Senior Leaving Certificate Examination (including Day School Certificate (Higher) General paper), 1948
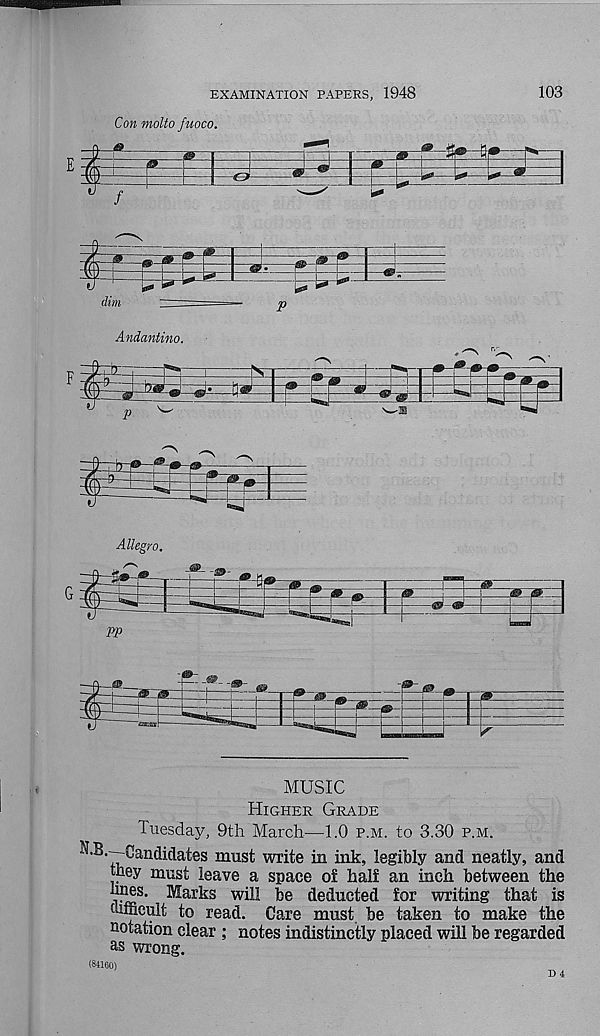
EXAMINATION PAPERS, 1948
103
Con molto fuoco.
i
l
» * *
dim
Andantino.
*»>
P
m
0 «7 ,
I
w -
y &
® »
Allegro.
=r=^
-ftsp-
FP
>-
MUSIC
Higher Grade
Tuesday, 9th March—1.0 p.m. to 3.30 p.m.
H.B.^ Canfliclates must write in ink, legibly and neatly, and
they must leave a space of half an inch between the
i^S* ^a r^s w ih be deducted for writing that is
difficult to read. Care must be taken to make the
notation clear ; notes indistinctly placed will be regarded
as wrong.
(84160)